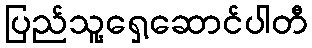
ပြည်သူ့ရှေ့ဆောင်ပါတီ